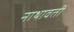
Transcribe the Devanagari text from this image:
नाथावती